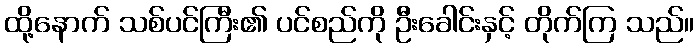
ထို့နောက် သစ်ပင်ကြီး၏ ပင်စည်ကို ဦးခေါင်းနှင့် တိုက်ကြ သည်။